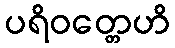
ပရိဝတ္တေဟိ